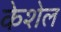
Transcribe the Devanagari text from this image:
केशेल